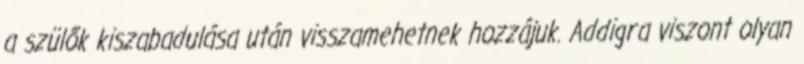
a szülők kiszabadulása után visszamehetnek hozzájuk. Addigra viszont olyan